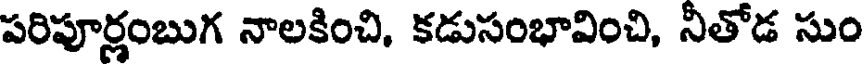
పరిపూర్లంబుగ నాలకించి, కడుసంభావించి, నీతోడ సుం